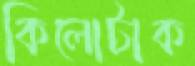
কিলোটাক